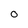
Character: 0